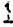
1